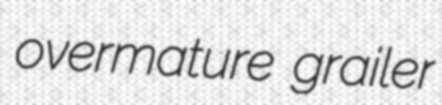
overmature grailer